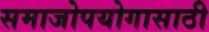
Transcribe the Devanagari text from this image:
समाजोपयोगासाठी